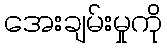
အေးချမ်းမှုကို